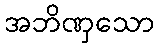
အဘိဏှသော